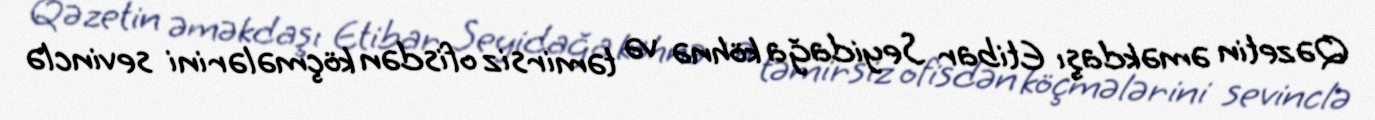
Qəzetin əməkdaşı Etibar Seyidağa köhnə və təmirsiz ofisdən köçmələrini sevinclə